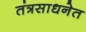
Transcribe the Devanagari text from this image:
तंत्रसाधनेत